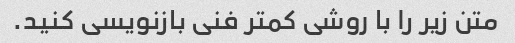
متن زیر را با روشی کمتر فنی بازنویسی کنید.